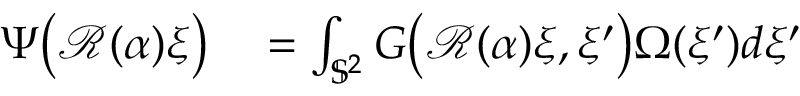
\begin{array} { r l } { \Psi \big ( \mathcal { R } ( \alpha ) \xi \big ) } & { { } = \int _ { \mathbb { S } ^ { 2 } } G \big ( \mathcal { R } ( \alpha ) \xi , \xi ^ { \prime } \big ) \Omega ( \xi ^ { \prime } ) d \xi ^ { \prime } } \end{array}